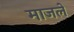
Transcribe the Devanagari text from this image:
माजलें